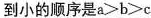
到小的顺序是a>b>c